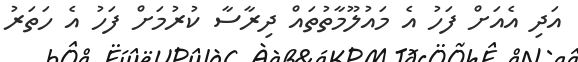
އަދި އެއަށް ފަހު އެ މައުލޫމާތުތައް ދިރާސާ ކުރުމަށް ފަހު އެ ހަތަރު